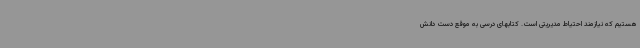
هستیم که نیازمند احتیاط مدیریتی است. کتابهای درسی به موقع دست دانش